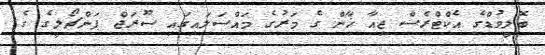
ބޮލީވުޑްގެ އެކްޓްރެސް ޖިއާ ޚާން ގެ މަރުގެ މައްސަލައިގައި ސޫރަޖް ޕަންޗޯލީގެ ގެ